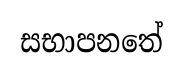
සභාපනතේ